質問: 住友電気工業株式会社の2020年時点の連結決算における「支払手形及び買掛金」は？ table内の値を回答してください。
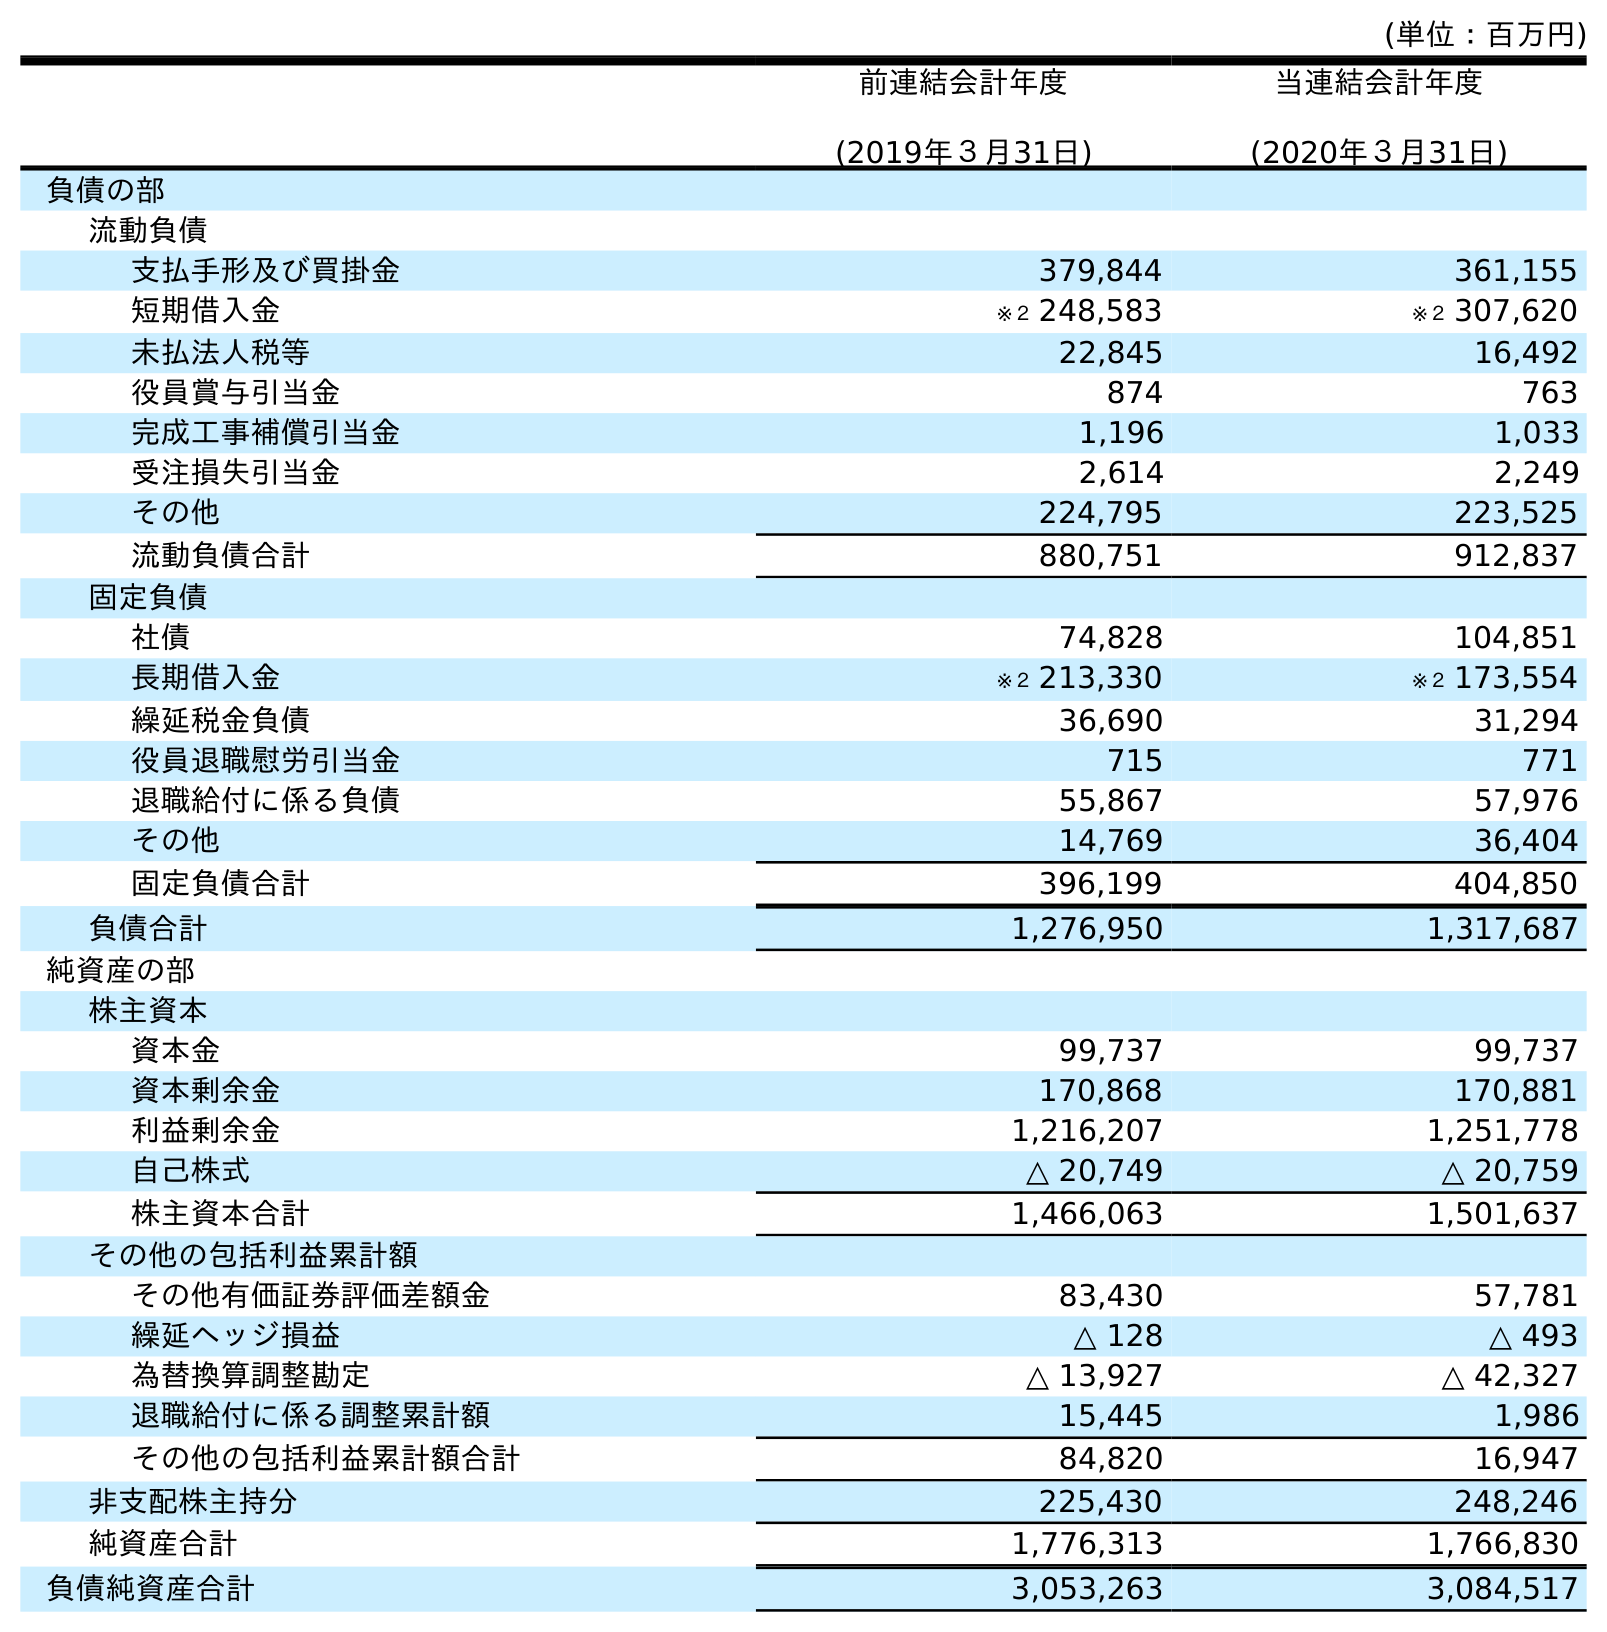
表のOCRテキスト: (単位：百万円) 前連結会計年度 (2019年３月31日) 当連結会計年度 (2020年３月31日) 負債の部 流動負債 支払手形及び買掛金 379,844 361,155 短期借入金 ※２ 248,583 ※２ 307,620 未払法人税等 22,845 16,492 役員賞与引当金 874 763 完成工事補償引当金 1,196 1,033 受注損失引当金 2,614 2,249 その他 224,795 223,525 流動負債合計 880,751 912,837 固定負債 社債 74,828 104,851 長期借入金 ※２ 213,330 ※２ 173,554 繰延税金負債 36,690 31,294 役員退職慰労引当金 715 771 退職給付に係る負債 55,867 57,976 その他 14,769 36,404 固定負債合計 396,199 404,850 負債合計 1,276,950 1,317,687 純資産の部 株主資本 資本金 99,737 99,737 資本剰余金 170,868 170,881 利益剰余金 1,216,207 1,251,778 自己株式 △ 20,749 △ 20,759 株主資本合計 1,466,063 1,501,637 その他の包括利益累計額 その他有価証券評価差額金 83,430 57,781 繰延ヘッジ損益 △ 128 △ 493 為替換算調整勘定 △ 13,927 △ 42,327 退職給付に係る調整累計額 15,445 1,986 その他の包括利益累計額合計 84,820 16,947 非支配株主持分 225,430 248,246 純資産合計 1,776,313 1,766,830 負債純資産合計 3,053,263 3,084,517
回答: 361,155